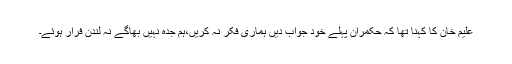
علیم خان کا کہنا تھا کہ حکمران پہلے خود جواب دیں ہماری فکر نہ کریں،ہم جدہ نہیں بھاگے نہ لندن فرار ہوئے۔